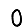
Digit: 0